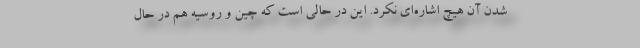
شدن آن هیچ اشاره‌ای نکرد. این در حالی است که چین و روسیه هم در حال